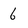
Character: 6